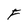
Character: F